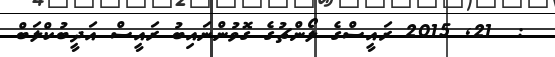
:  21